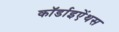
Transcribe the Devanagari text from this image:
कॉर्डाइऐंथस